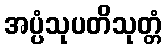
အပ္ပံသုပတိသုတ္တံ